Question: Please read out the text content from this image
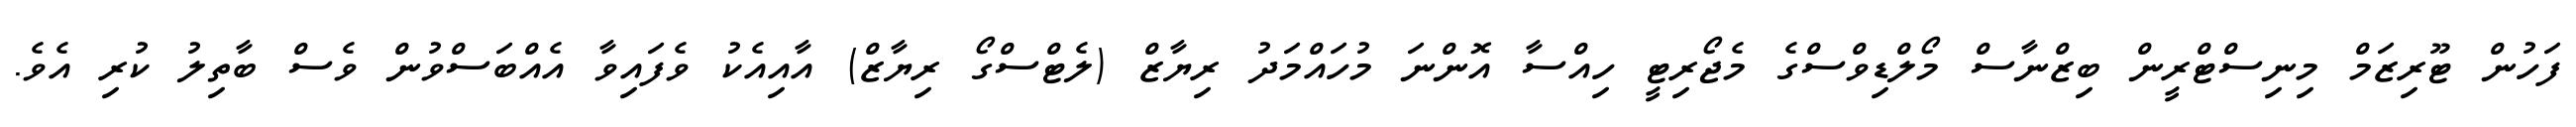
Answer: ފަހުން ޓޫރިޒަމް މިނިސްޓްރީން ބިޒްނާސް މޯލްޑިވްސްގެ މެޖޯރިޓީ ހިއްސާ އޮންނަ މުހައްމަދު ރިޔާޒް (ލެޓްސްގޯ ރިޔާޒް) އާއިއެކު ވެފައިވާ އެއްބަސްވުން ވެސް ބާތިލު ކުރި އެވެ.